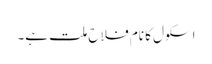
اسکول کا نام فلاح ملت ہے۔